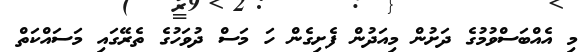
މި އެއްބަސްވުމުގެ ދަށުން މިއަދުން ފެށިގެން ހަ މަސް ދުވަހުގެ ތެރޭގައި މަސައްކަތް